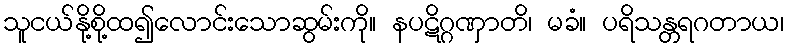
သူငယ်နို့စို့ထ၍လောင်းသောဆွမ်းကို။ နပဋိဂ္ဂဏှာတိ၊ မခံ။ ပရိသန္တရဂတာယ၊